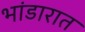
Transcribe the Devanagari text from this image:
भांडारात